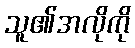
သူ၏အလိုကို